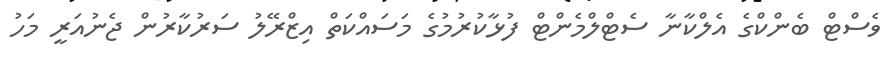
ވެސްޓް ބެންކްގެ އެލްކާނާ ސެޓްލްމެންޓް ފުޅާކުރުމުގެ މަސައްކަތް އިޒްރޭލު ސަރުކާރުން ޖެނުއަރީ މަހު